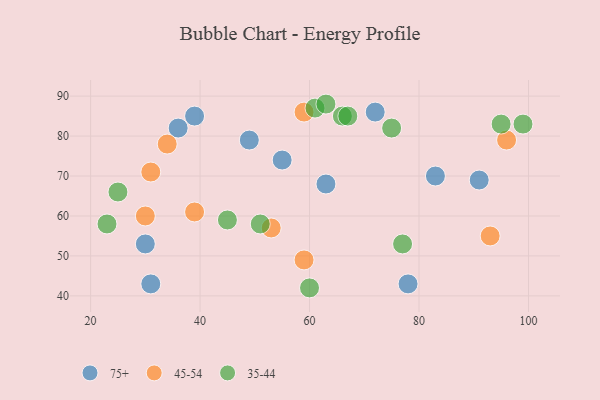
{"axis": {"x": "GDP", "y": "Life Expectancy"}, "legend": ["35-44", "45-54", "75+"], "data": [{"x": "55", "y": 74, "type": "75+"}, {"x": "31", "y": 43, "type": "75+"}, {"x": "83", "y": 70, "type": "75+"}, {"x": "63", "y": 68, "type": "75+"}, {"x": "49", "y": 79, "type": "75+"}, {"x": "78", "y": 43, "type": "75+"}, {"x": "39", "y": 85, "type": "75+"}, {"x": "30", "y": 53, "type": "75+"}, {"x": "91", "y": 69, "type": "75+"}, {"x": "72", "y": 86, "type": "75+"}, {"x": "36", "y": 82, "type": "75+"}, {"x": "59", "y": 49, "type": "45-54"}, {"x": "96", "y": 79, "type": "45-54"}, {"x": "39", "y": 61, "type": "45-54"}, {"x": "31", "y": 71, "type": "45-54"}, {"x": "34", "y": 78, "type": "45-54"}, {"x": "53", "y": 57, "type": "45-54"}, {"x": "30", "y": 60, "type": "45-54"}, {"x": "93", "y": 55, "type": "45-54"}, {"x": "59", "y": 86, "type": "45-54"}, {"x": "23", "y": 58, "type": "35-44"}, {"x": "66", "y": 85, "type": "35-44"}, {"x": "75", "y": 82, "type": "35-44"}, {"x": "99", "y": 83, "type": "35-44"}, {"x": "60", "y": 42, "type": "35-44"}, {"x": "95", "y": 83, "type": "35-44"}, {"x": "25", "y": 66, "type": "35-44"}, {"x": "51", "y": 58, "type": "35-44"}, {"x": "45", "y": 59, "type": "35-44"}, {"x": "61", "y": 87, "type": "35-44"}, {"x": "63", "y": 88, "type": "35-44"}, {"x": "67", "y": 85, "type": "35-44"}, {"x": "77", "y": 53, "type": "35-44"}]}